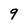
Character: 9